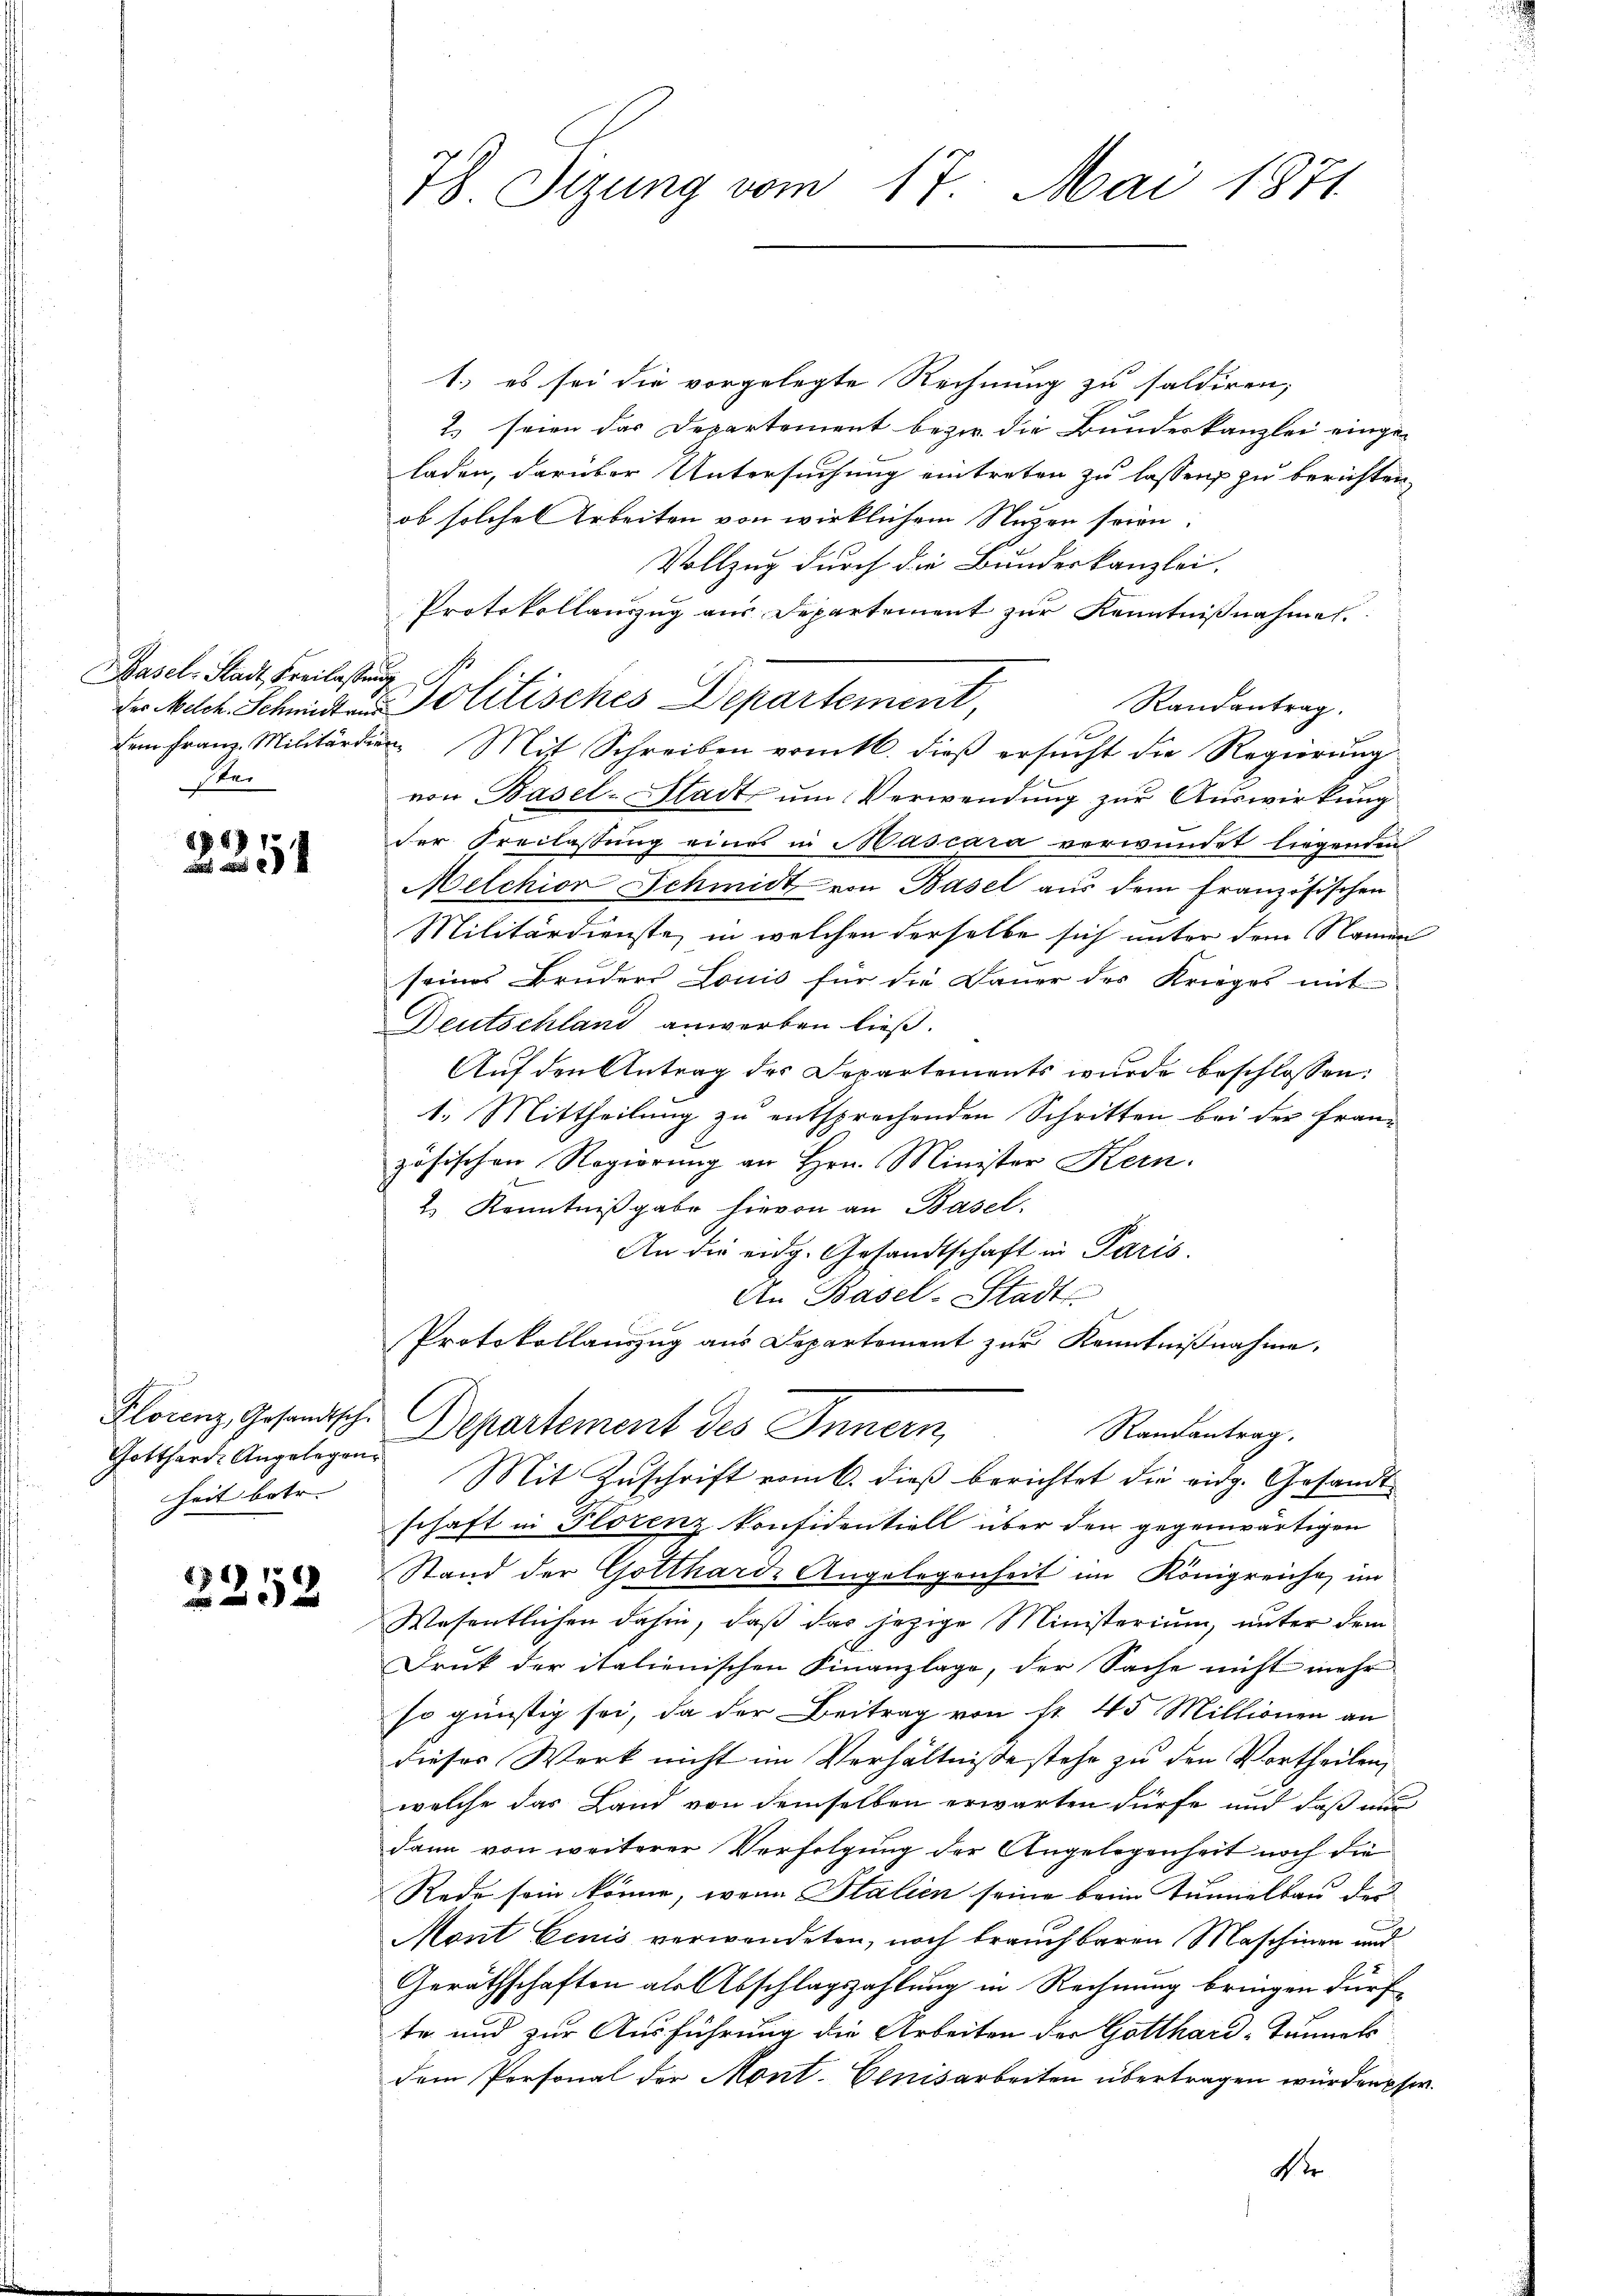
Basel-Stadt, Freilassung
Ster

18171
 a

Gotthard. Angelegen
heit betr.

28)
52

78. Sizung vom 17. Mai 1871

1.) es sei die vorgelegte Rechnung zu saldiren;
2) seien das Departement bezw. die Bundeskanzlei einge-
laden, darüber Untersuchung eintreten zu lassen, zu berichten,
ob solche Arbeiten von wirklichem Nuzen seien.
Vollzug durch die Bundeskanzlei.
Protokollauszug aus Departement zur Kenntnißnahme.
der Melch. Schmidten Politisches Departement,
Randantrag.
dem Franz-Militärdien Mit Schreiben vom 16. dieß ersucht die Regierung
von Basel-Stadt um Verwendung zur Auswirkung
der Freilassung eines in Mascara verwundet liegenden
Melchior Schmidt von Basel aus dem französischen
Militärdienste, in welchen derselbe sich unter dem Namen
seines Bruders Louis für die Dauer des Krieges mit
Deutschland anwerben ließ.
Auf den Antrag des Departements wurde beschlossen:
1. Mittheilung zu entsprechenden Schritten bei der Französischen Regierung an Hrn. Minister Kern.
2 Kenntnißgabe hievon an Basel.
An die eidg. Gesandtschaft in Paris.
An Basel-Stadt
Protokollauszug aus Departement zur Kenntnißnahme.
Florenz, Gesandtsch. Departement des Innern,
Randantrag.
Mit Zuschrift vom 6. dieß berichtet die eidg. Gesandtschaft in Florenz konfidentiell über den gegenwärtigen
Stand der Gottharde Angelegenheit im Königreiche, im
Wesentlichen dahin, daß das jezige Ministerium, unter dem
Druk der italienischen Finanzlage, der Sache nicht mehr
so günstig sei, da der Beitrag von fr. 45 Millionen an
dieses Werk nicht im Verhältnisse stehe zu den Vortheilen,
welche das Land von demselben erwarten dürfe und daß und
dann von weiterer Verfolgung der Angelegenheit noch die
Rede sein könne, wenn Stalien seine beim Tunnelbau der
Mont Eenis verwendeten, noch brauchbaren Maschinen und
Geräthschaften als Abschlagszahlung in Rechnung bringen dürf
te und zur Ausführung die Arbeiten der Gotthard-Tunnels
dem Personal der Mont. Cenisarbeiten übertragen würden pfe.
Dir

s